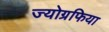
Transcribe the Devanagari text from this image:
ज्योग्रफिया